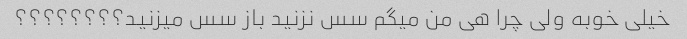
خیلی خوبه ولی چرا هی من میگم سس نزنید باز سس میزنید؟؟؟؟؟؟؟؟